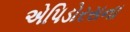
એપિડોરસના